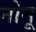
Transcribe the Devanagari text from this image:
नोनू